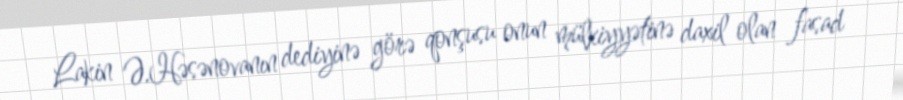
Lakin Ə.Həsənovanın dediyinə görə qonşusu onun mülkiyyətinə daxil olan fasad